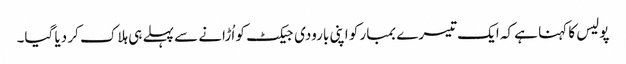
پولیس کا کہنا ہے کہ ایک تیسرے بمبار کو اپنی بارودی جیکٹ کو اُڑانے سے پہلے ہی ہلاک کر دیا گیا۔